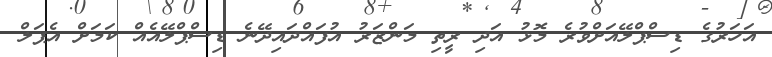
އަހަރުގެ ޑިސްޕްލޭއަށްވުރެ މޮޅު އަދި ރީތި މަންޒަރު އުފައްދައިދޭނެ ޑިސްޕްލޭއެއް ކަމަށް އެޕަލް